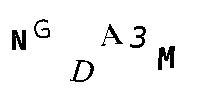
NGDA3M